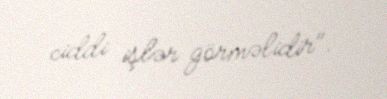
ciddi işlər görməlidir".